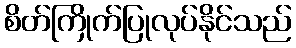
စိတ်ကြိုက်ပြုလုပ်နိုင်သည်